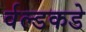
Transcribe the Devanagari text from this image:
र्वल्डकडे